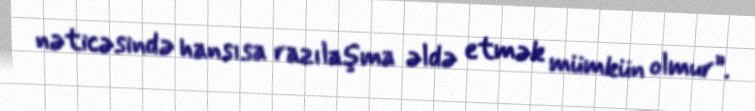
nəticəsində hansısa razılaşma əldə etmək mümkün olmur”.